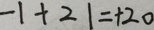
- 1 + 2 1 = + 2 0